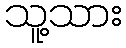
သူ့သား